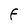
Character: F